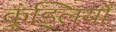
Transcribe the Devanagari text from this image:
कुंड्लियों